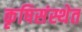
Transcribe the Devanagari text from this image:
कृषिसंस्थेत